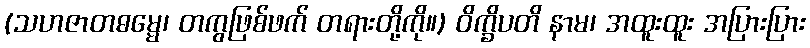
(သဟဇာတဓမ္မေ၊ တကွဖြစ်ဖက် တရားတို့ကို။) ဝိက္ခိပတိ နာမ၊ အထူးထူး အပြားပြား